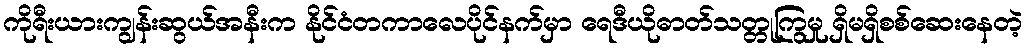
ကိုရီးယားကျွန်းဆွယ်အနီးက နိုင်ငံတကာလေပိုင်နက်မှာ ရေဒီယိုဓာတ်သတ္တုကြွမှု ရှိမရှိစစ်ဆေးနေတဲ့